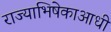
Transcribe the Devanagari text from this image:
राज्याभिषेकाआधी